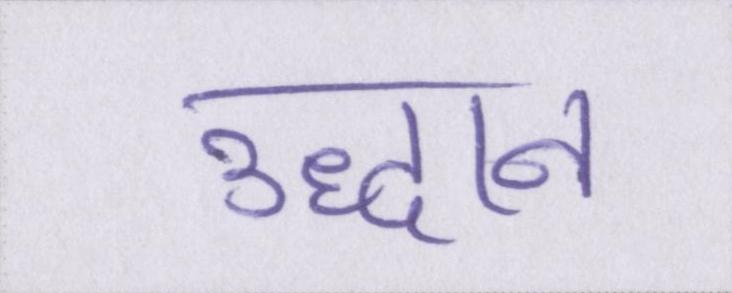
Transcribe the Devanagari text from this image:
उद्धान